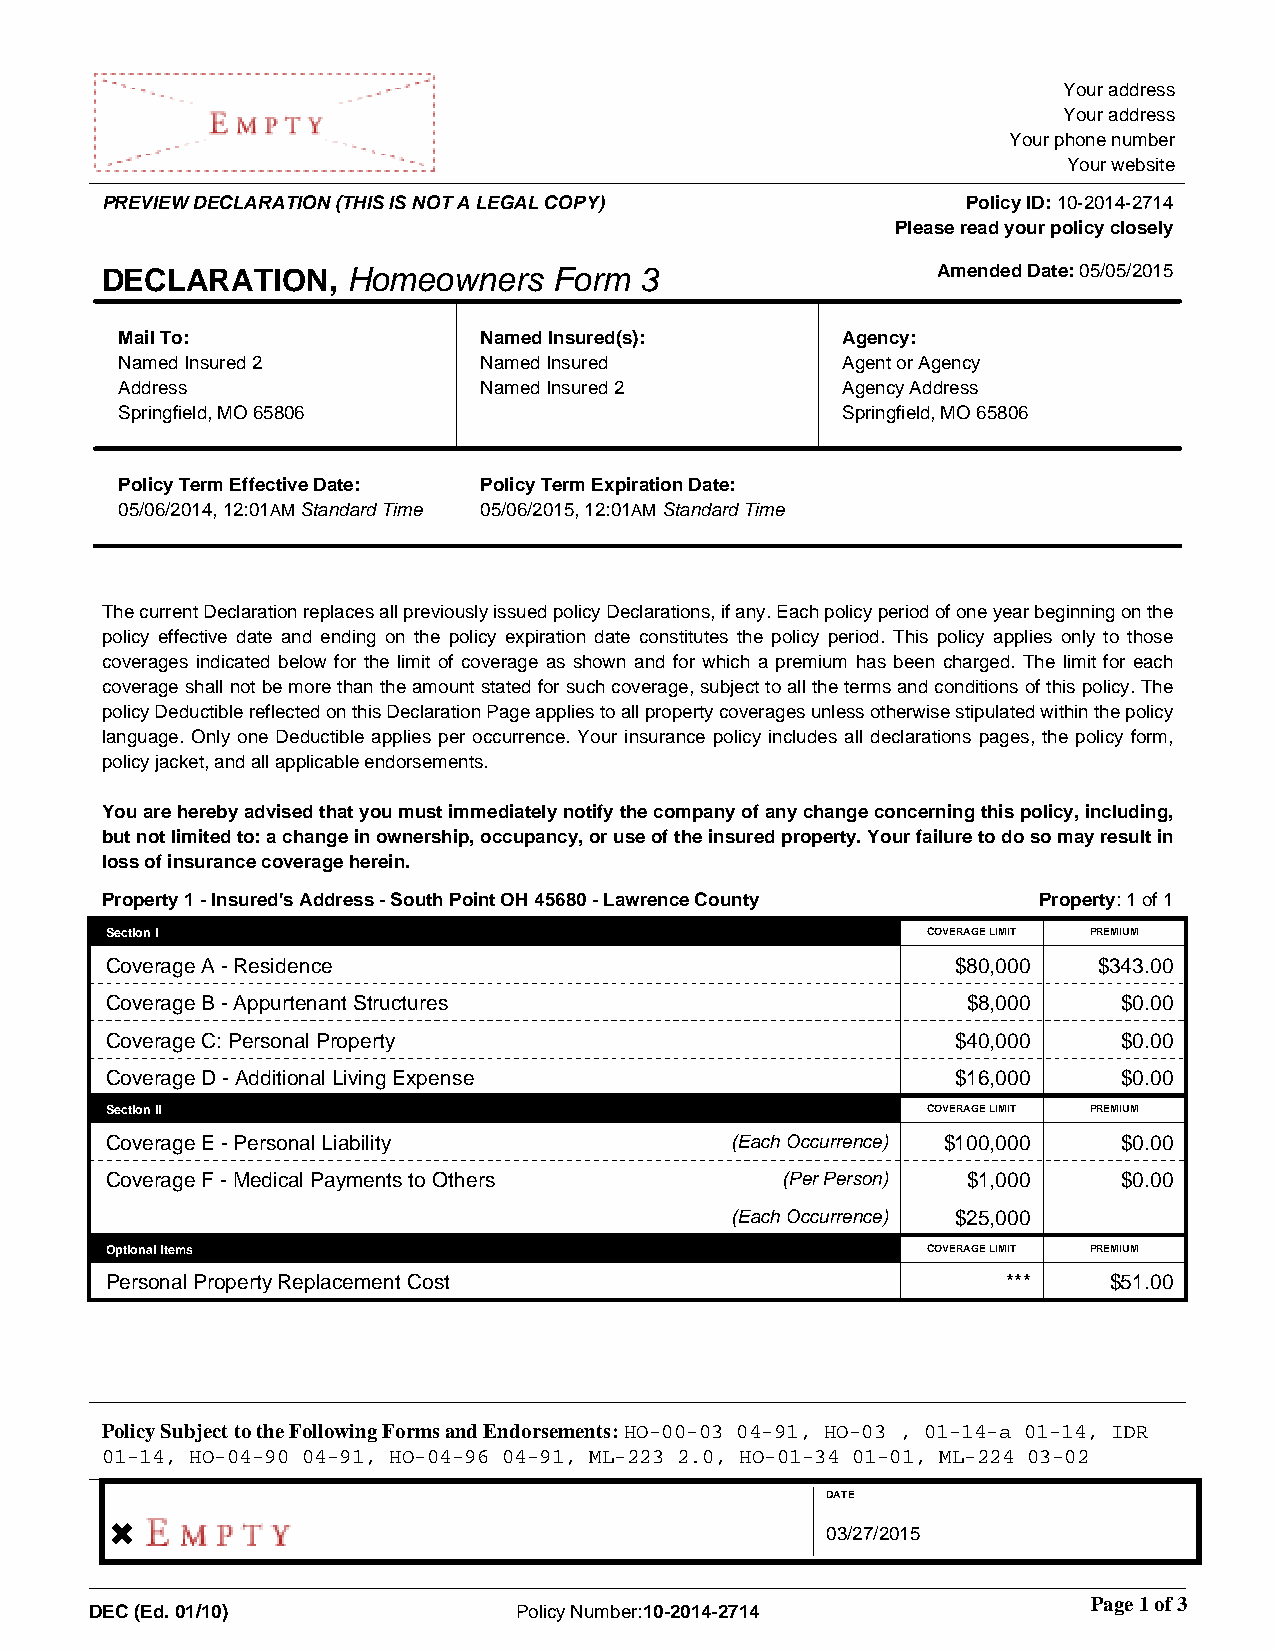
Your address
 Your address
 Your phone number
 Your website
 PREVIEW DECLARATION (THIS IS NOT A LEGAL COPY)           Policy ID: 10-2014-2714
 Please read your policy closely
 DECLARATION,    Homeowners    Form 3                   Amended Date: 05/05/2015
 Mail To:                Named Insured(s):       Agency:
 Named Insured 2         Named Insured           Agent or Agency
 Address                 Named Insured 2         Agency Address
 Springfield, MO 65806                           Springfield, MO 65806
 Policy Term Effective Date: Policy Term Expiration Date:
 05/06/2014, 12:01AM Standard Time 05/06/2015, 12:01AM Standard Time
 The current Declaration replaces all previously issued policy Declarations, if any. Each policy period of one year beginning on the
 policy effective date and ending on the policy expiration date constitutes the policy period. This policy applies only to those
 coverages indicated below for the limit of coverage as shown and for which a premium has been charged. The limit for each
 coverage shall not be more than the amount stated for such coverage, subject to all the terms and conditions of this policy. The
 policy Deductible reflected on this Declaration Page applies to all property coverages unless otherwise stipulated within the policy
 language. Only one Deductible applies per occurrence. Your insurance policy includes all declarations pages, the policy form,
 policy jacket, and all applicable endorsements.
 You are hereby advised that you must immediately notify the company of any change concerning this policy, including,
 but not limited to: a change in ownership, occupancy, or use of the insured property. Your failure to do so may result in
 loss of insurance coverage herein.
 Property 1 - Insured's Address - South Point OH 45680 - Lawrence County Property: 1 of 1
 Section I                                             COVERAGE LIMIT PREMIUM
 Coverage A - Residence                                  $80,000   $343.00
 Coverage B - Appurtenant Structures                      $8,000    $0.00
 Coverage C: Personal Property                           $40,000    $0.00
 Coverage D - Additional Living Expense                  $16,000    $0.00
 Section II                                            COVERAGE LIMIT PREMIUM
 Coverage E - Personal Liability          (Each Occurrence) $100,000 $0.00
 Coverage F - Medical Payments to Others      (Per Person) $1,000   $0.00
 (Each Occurrence) $25,000
 Optional Items                                        COVERAGE LIMIT PREMIUM
 Personal Property Replacement Cost                          ***   $51.00
 Policy Subject to the Following Forms and Endorsements: HO-00-03 04-91, HO-03 , 01-14-a 01-14, IDR
 01-14, HO-04-90 04-91, HO-04-96 04-91, ML-223 2.0, HO-01-34 01-01, ML-224 03-02
 DATE
 03/27/2015
 Page 1 of 3
 DEC (Ed. 01/10)             Policy Number:10-2014-2714